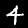
Label: 4